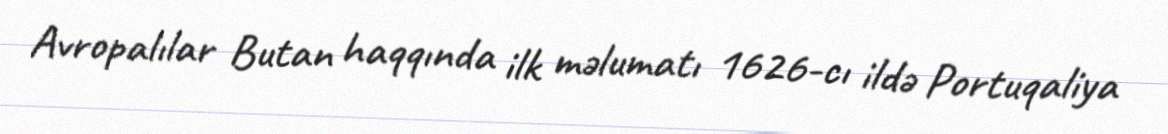
Avropalılar Butan haqqında ilk məlumatı 1626-cı ildə Portuqaliya